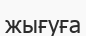
жығуға